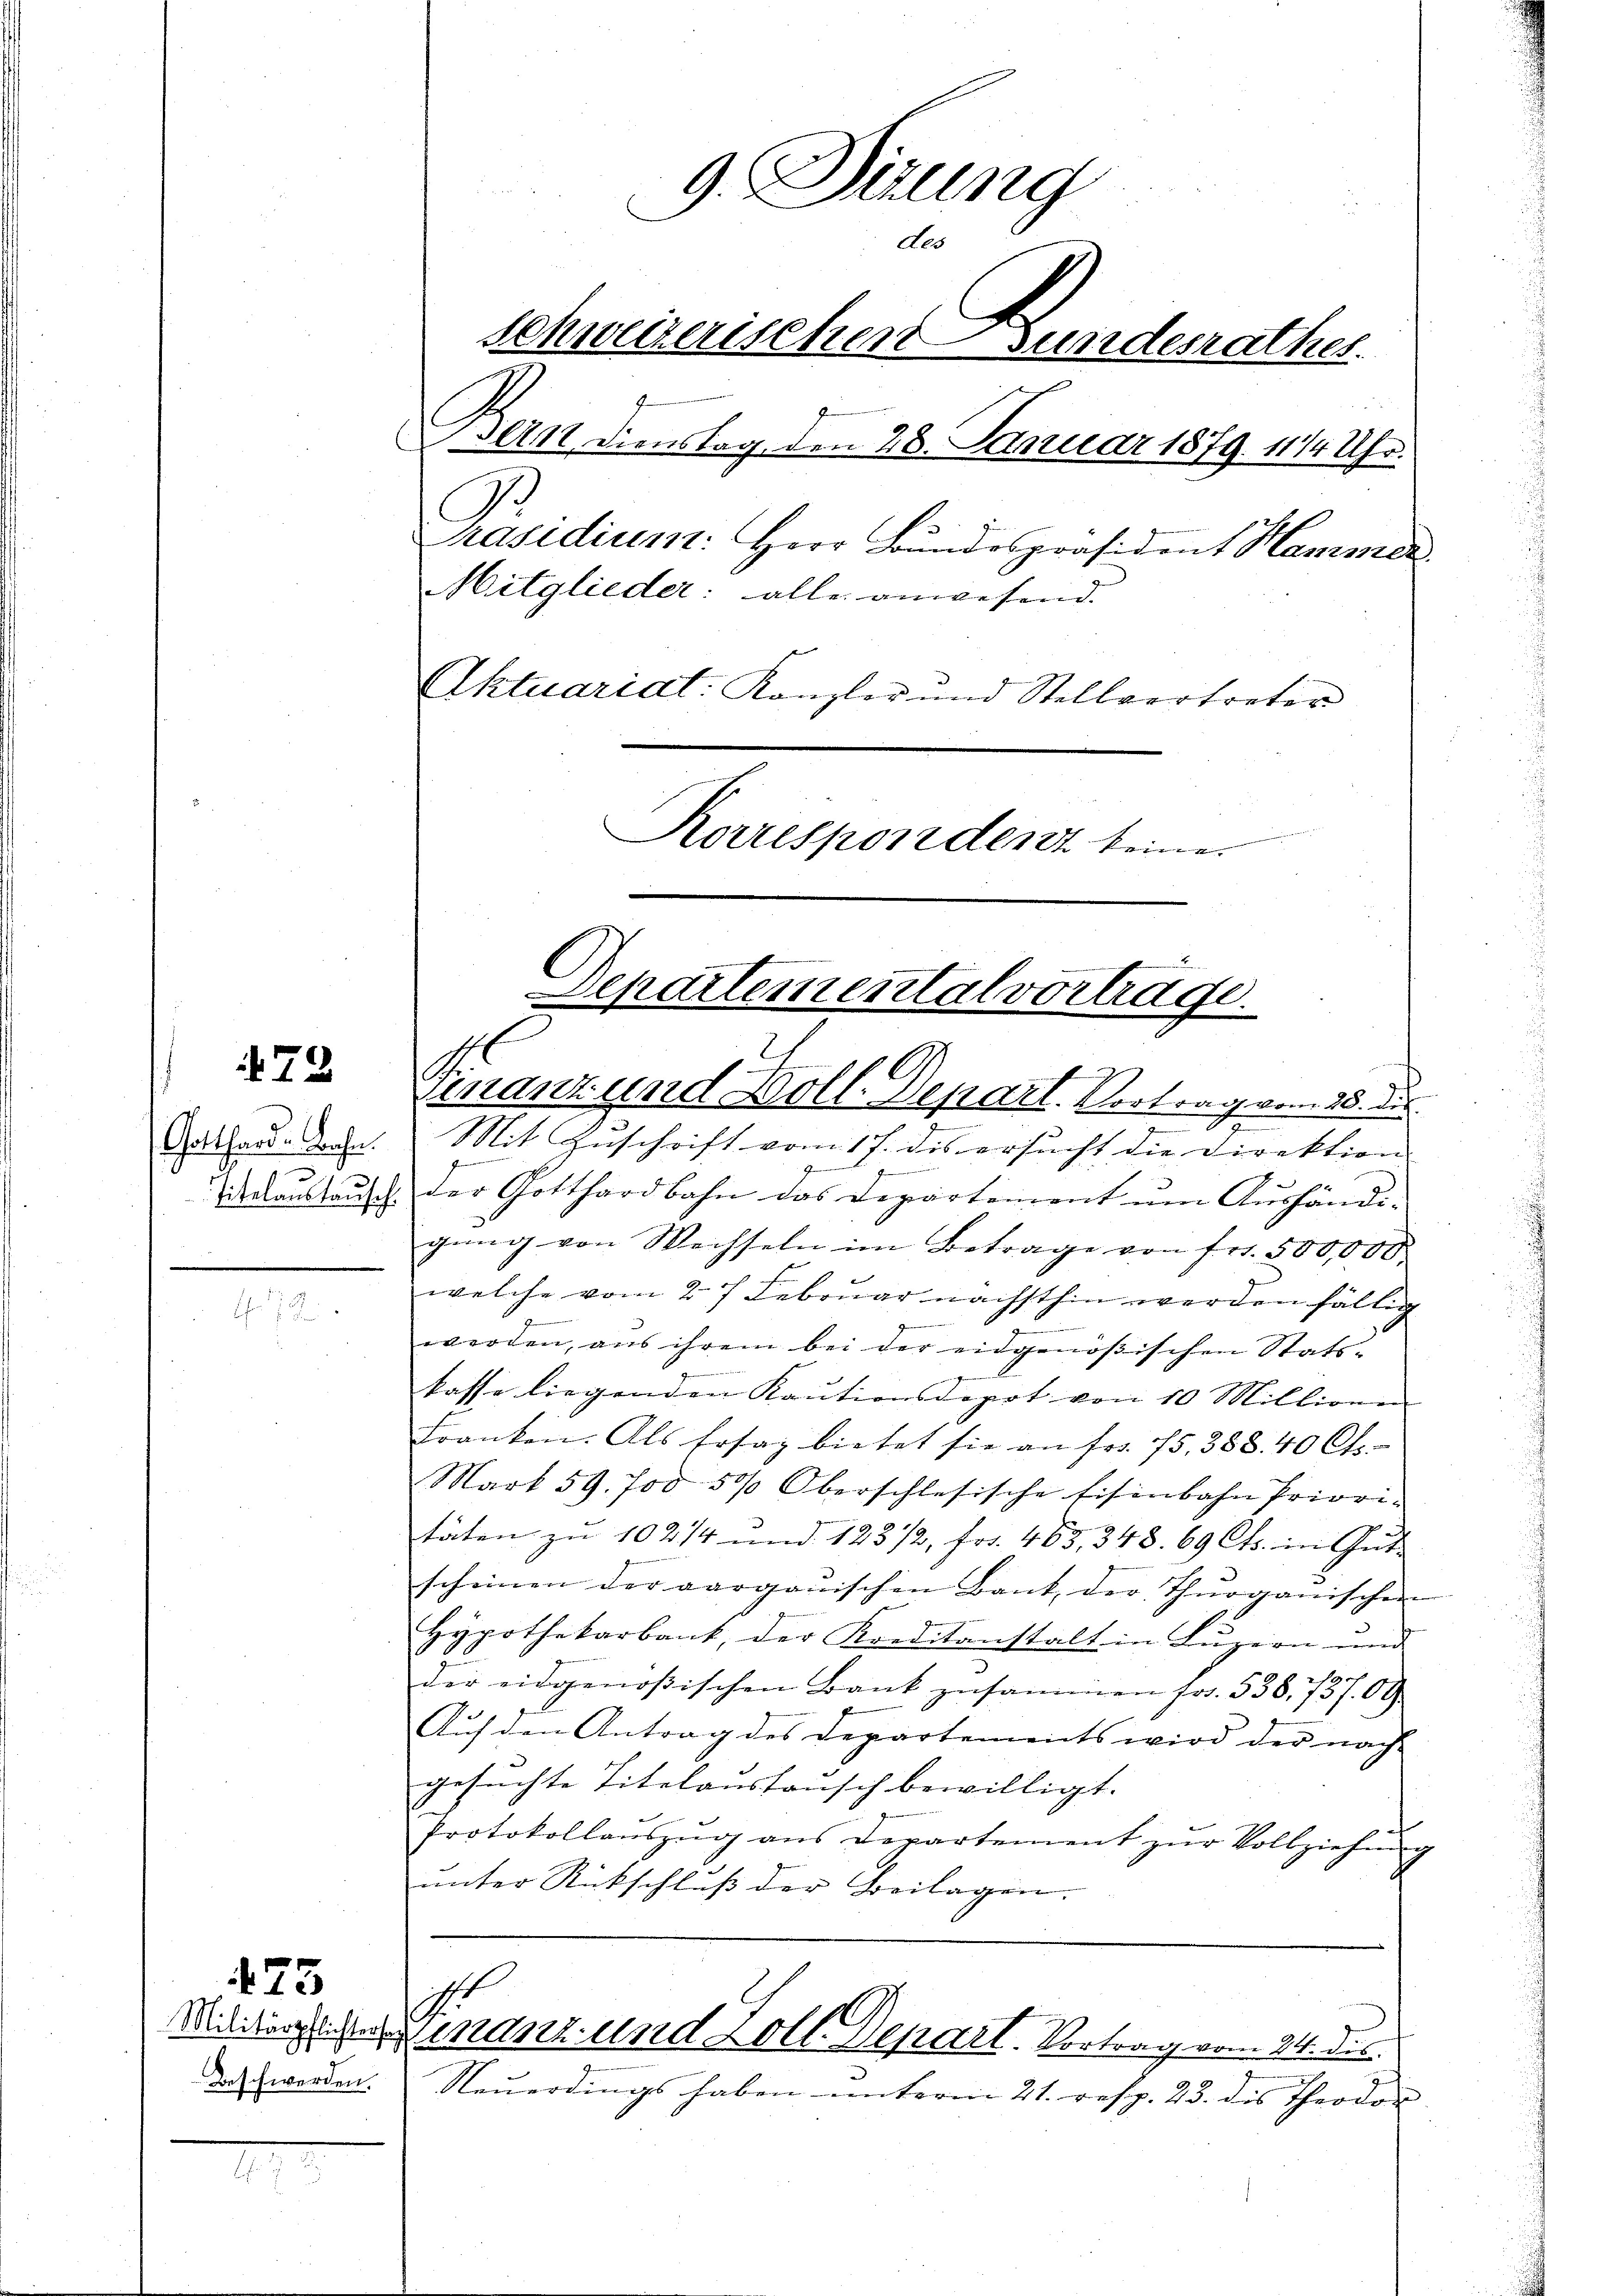
72

Gotthard-Bahn.
titelaustausch.

Beschwerden.

75

d

9. Sirung
des
Schweizerischen Bundesrathes.
Bern dienstag den 28. Januar 1879. 1114 Uhr.
Präsidiums: Herr Bundespräsident Hammer
Mitglieder: alle anwesend.
Aktuariat: Kanzler und Stellvertreter
Korrespondert keine

.
.
Mit Zuschrift vom 17. des ersucht die Direktion
9
25
. Der Gotthardbahn das Departement ŭm Aŭshändigŭng von Wechseln im Betrage von fr. 500,000.
welche vom 27 Februar nächsthin werden fällig
werden, aus ihrem bei der eidgenößischen Statskasse liegenden Kaŭtionsdepot von 10 Millionen
Franken. Als Ersaz bietet sie an fr. 75. 388. 40 Cts.
Mark 59. 700 5% Oberschlesische Eisenbahn Priori-
täten zu 10214 und 12372, Fr. 463, 348. 69 Cts. in Gutscheinen der aargauischen Bank, der Thurganischen
Hypothekarbank, der Kreditanstalt in Lŭzern und
1
der eidgenößischen Bank zusammen fr. 538. 731. 09
Auf den Antrag des Departements wird der nach-
gesuchte Titelaussensch bewilligt.
Protokollaŭszŭg ans Departement zŭr Vollziehŭng
unter Rückschlŭβ der Beilagen.
s
Militärgesteinanz- und doll. Depart. Vortrag vom 24. des
Neŭerdings haben ŭnterm 21. resp. 23. des Theodor

Departemental vorträge.
Finanz und Holl. Depart. Vortrag vom 28. ds.